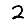
Digit: 2